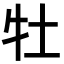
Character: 牡